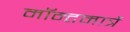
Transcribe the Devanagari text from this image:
मॉन्टमार्त्रे